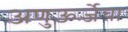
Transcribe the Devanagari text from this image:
अणुऊर्जेचा